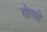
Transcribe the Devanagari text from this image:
गोलसे